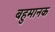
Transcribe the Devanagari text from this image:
बहुमानक